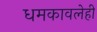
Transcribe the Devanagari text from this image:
धमकावलेही